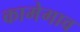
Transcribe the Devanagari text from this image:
कामेगाव